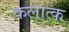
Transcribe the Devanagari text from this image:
कलात्क